system: You are a helpful assistant.
user:
Analyze the provided spectrum to determine if it is a **M-type Giant (gM)**.

A M-type Giant spectrum is defined by its **strong molecular absorption** features, particularly from **Titanium Oxide (TiO)**. You must check for one of the following mutually exclusive signatures:

- **Key Visual Indicators (Absorption-Dominated Spectrum):**

    - **(Primary):** The spectrum is dominated by strong molecular absorption from **Titanium Oxide (TiO)**. This is the **defining feature** of its M-type temperature class.
        - **(Key Bandheads):** Look for sharp, "saw-tooth" absorption valleys. The strongest are located near **~7050 Å**, **~6160 Å**, and **~5170 Å**.
        - **(Line Profile):** The "saw-tooth" morphology is critical: a **sharp, steep drop on the BLUE (short-wavelength) side** of the bandhead, followed by a gradual recovery (rising flux) towards the RED (long-wavelength) side.

    - **(Key Confirmation - Giant vs. Dwarf):** **ABSENCE** of strong **Calcium Hydride (CaH)** molecular bands. This is the primary diagnostic for *excluding* M-dwarfs.
        - **(Key Region):** The spectrum should lack the strong, broad absorption band seen in dwarfs between **~6800 Å and ~7000 Å**.

    - **(Secondary Confirmation - Giant):** A very strong and broad **Neutral Calcium (Ca I)** atomic absorption line.
        - **(Key Line):** Located at **~4226 Å**. In a giant (gM), this line is significantly deeper and broader than the same line in an M-dwarf (dM) due to low surface gravity.

    - **(Overall Spectrum):**
        - The continuum is **extremely red-sloping** (i.e., flux is very low in the blue and rises dramatically towards the red).
        - The entire spectrum appears "chopped up" by the deep TiO bands.

Think first, call **spectral_visualization_tool** if needed to examine features in detail, then provide your final answer. Your response must adhere to the following strict rules:
1.  **Overall Structure:** Your response must follow the format `<think>...</think> <tool_call>...</tool_call> (if a tool is used) <answer>...</answer>`.
2.  **Tool Usage Constraint:** You may only make **one** tool call per turn.
3.  **Final Answer Format:** In the `<answer>` tag, your conclusion must be inside a `\boxed{}` command (e.g., `\boxed{YES}` or `\boxed{NO}`), followed by your justification.

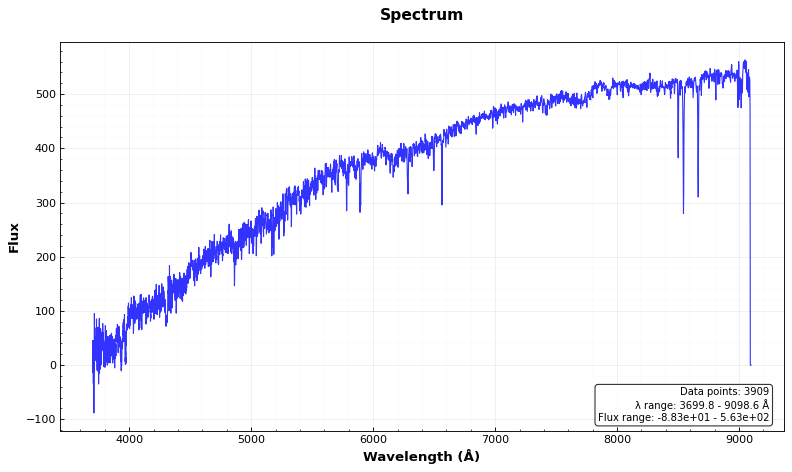
Answer: NO